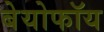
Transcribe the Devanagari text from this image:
बेयोफॉय